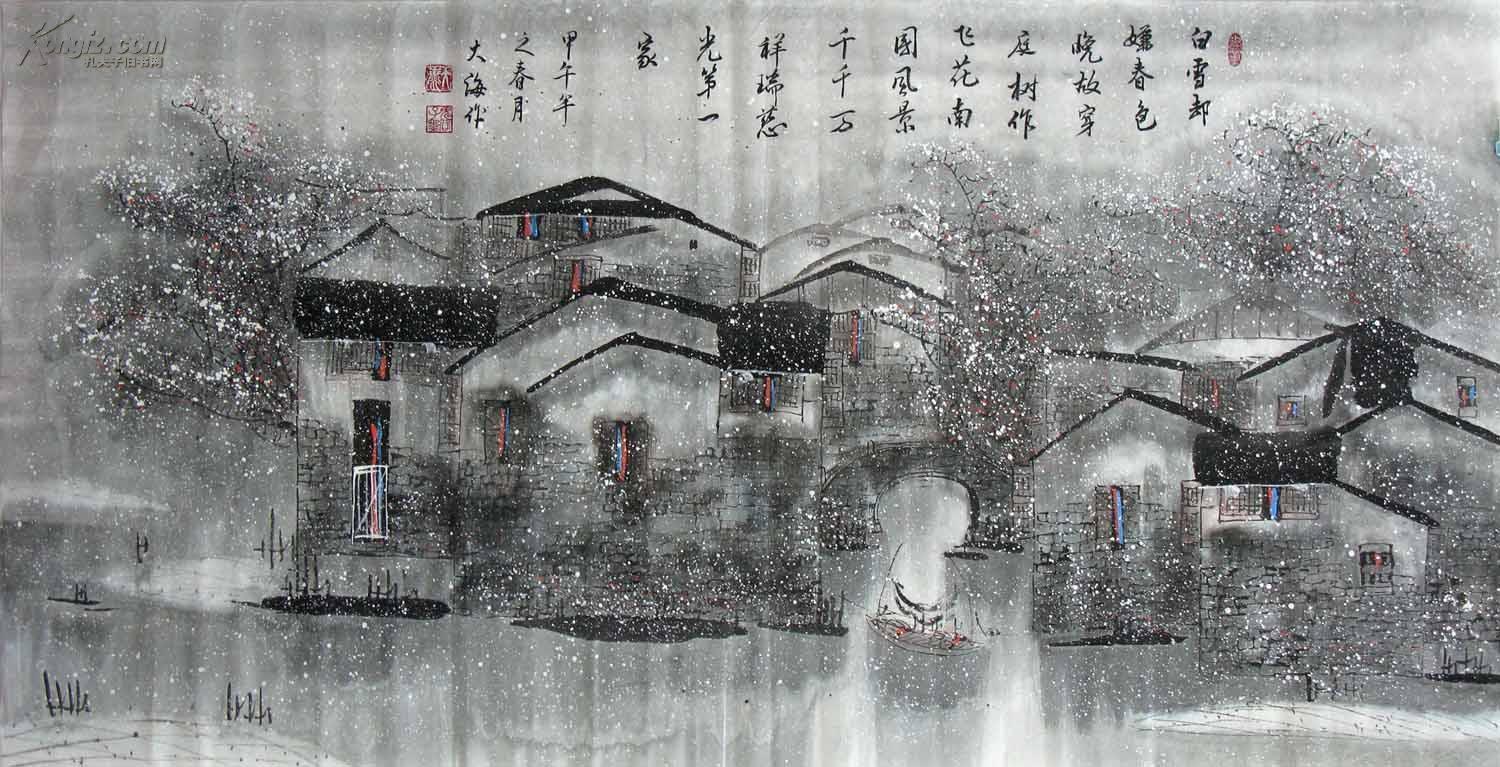
白雪却嫌春色晚，故穿庭树作飞花。